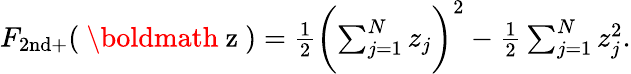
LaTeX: \begin{array}{r}{F_{\mathrm{2nd+}}(\mathrm{~\boldmath~z~})=\frac{1}{2}\biggl(\sum_{j=1}^{N}z_{j}\biggr)^{2}-\frac{1}{2}\sum_{j=1}^{N}z_{j}^{2}.}\end{array}